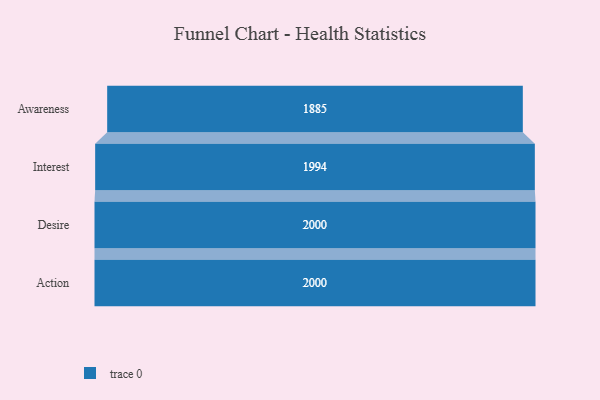
{"axis": {"x": "Stage", "y": "Value"}, "legend": [""], "data": [{"x": "Awareness", "y": 1885.0, "type": ""}, {"x": "Interest", "y": 1994.0, "type": ""}, {"x": "Desire", "y": 2000, "type": ""}, {"x": "Action", "y": 2000, "type": ""}]}